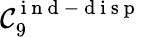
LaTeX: \mathcal{C}_{9}^{\mathrm{{~i~n~d~-~d~i~s~p~}}}